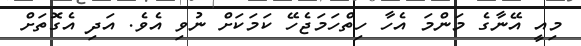
މިއީ އޭނާގެ މަންމަ އެހާ ހިތްހަމަޖެހޭ ކަމަކަށް ނުވި އެވެ. އަދި އެގޮތަށް